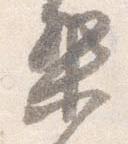
梨